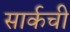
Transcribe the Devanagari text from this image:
सार्कची